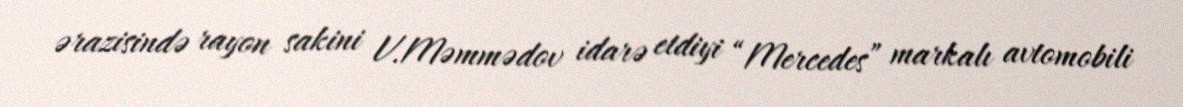
ərazisində rayon sakini V.Məmmədov idarə etdiyi “Mercedes” markalı avtomobili